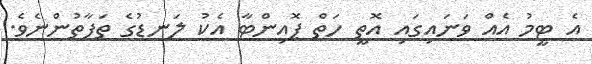
އެ ޓީމު އެއް ވަނައިގައި އޮތީ ހަތް ޕޮއިންޓާ އެކު ލަނޑުގެ ތަފާތުންނެވެ.